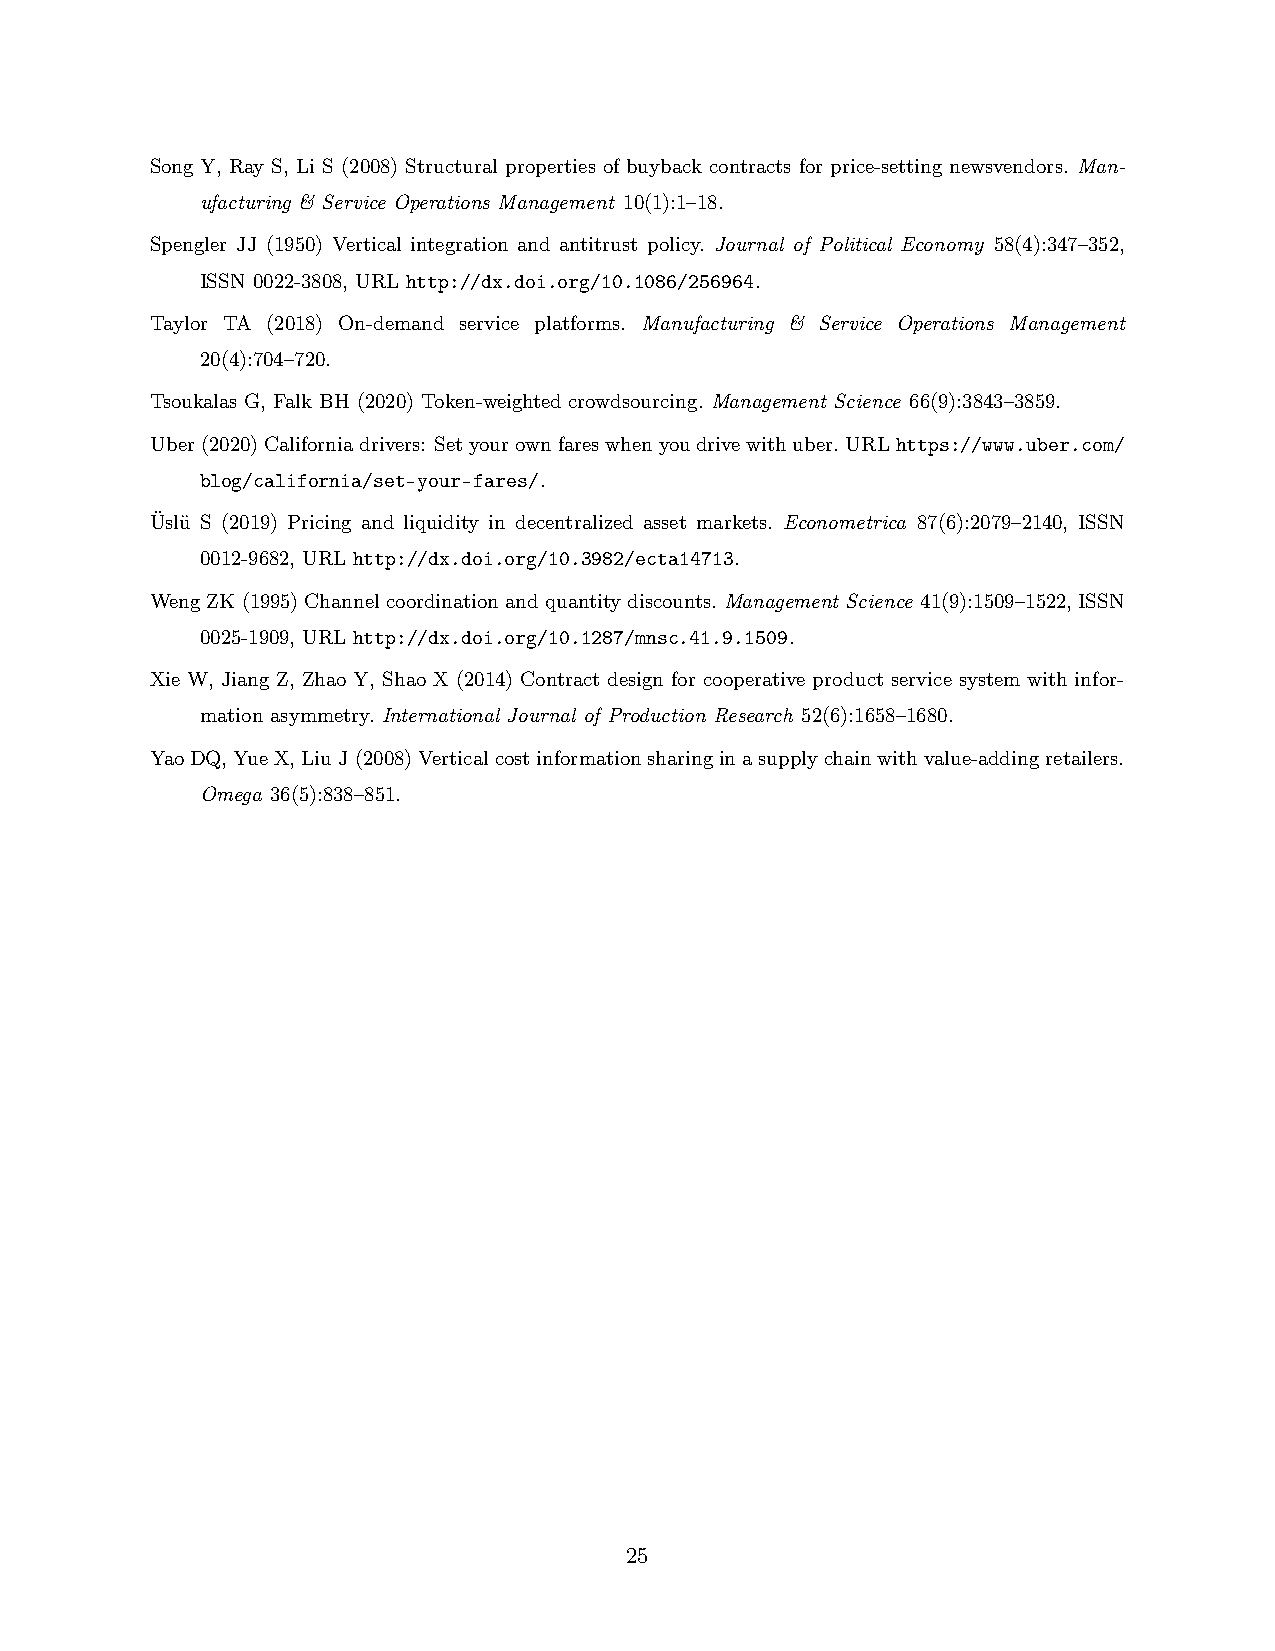
Song Y, Ray S, Li S (2008) Structural properties of buyback contracts for price-setting newsvendors. Man-
 ufacturing & Service Operations Management 10(1):1–18.
 Spengler JJ (1950) Vertical integration and antitrust policy. Journal of Political Economy 58(4):347–352,
 ISSN 0022-3808, URL http://dx.doi.org/10.1086/256964.
 Taylor TA (2018) On-demand service platforms. Manufacturing & Service Operations Management
 20(4):704–720.
 Tsoukalas G, Falk BH (2020) Token-weighted crowdsourcing. Management Science 66(9):3843–3859.
 Uber(2020)Californiadrivers: Setyourownfareswhenyoudrivewithuber.URLhttps://www.uber.com/
 blog/california/set-your-fares/.
 Üslü S (2019) Pricing and liquidity in decentralized asset markets. Econometrica 87(6):2079–2140, ISSN
 0012-9682, URL http://dx.doi.org/10.3982/ecta14713.
 WengZK(1995)Channelcoordinationandquantitydiscounts.Management Science 41(9):1509–1522, ISSN
 0025-1909, URL http://dx.doi.org/10.1287/mnsc.41.9.1509.
 Xie W, Jiang Z, Zhao Y, Shao X (2014) Contract design for cooperative product service system with infor-
 mation asymmetry. International Journal of Production Research 52(6):1658–1680.
 YaoDQ,YueX,LiuJ(2008)Verticalcostinformationsharinginasupplychainwithvalue-addingretailers.
 Omega 36(5):838–851.
 25